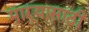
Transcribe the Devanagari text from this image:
माऱ्यासाठी